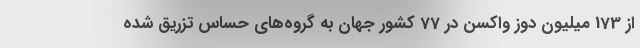
از 173 میلیون دوز واکسن در 77 کشور جهان به گروه‌های حساس تزریق شده